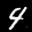
Label: 4